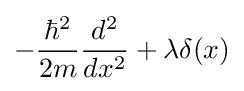
-{\frac {\hbar ^{2}}{2m}}{\frac {d^{2}}{dx^{2}}}+\lambda \delta (x)